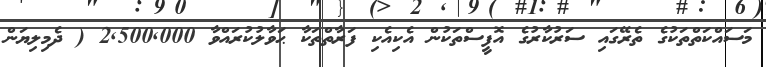
މަސައްކަތްތަކުގެ ތެރޭގައި ސަރުކާރުގެ އޮފީސްތަކުން އެކިއެކި ފަރާތްތަކާ ޙަވާލުކުރައްވާ 2